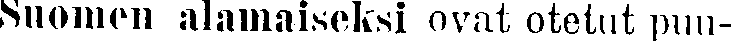
Suonion alamaiseksi ovat otetut puu-